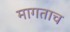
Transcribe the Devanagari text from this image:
मागताच